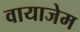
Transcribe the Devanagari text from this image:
वायाजेम